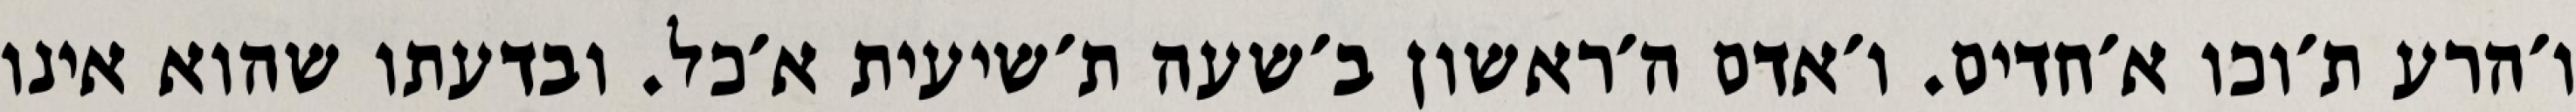
ו׳הרע ת׳וכו א׳חדים. ו׳אדם ה׳ראשון ב׳שעה ת׳שיעית א׳כל. ובדעתו שהוא אינו